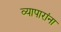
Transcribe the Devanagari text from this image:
व्यापारांना